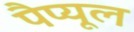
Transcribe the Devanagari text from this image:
पैप्यूल